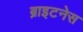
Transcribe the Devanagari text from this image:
ब्राइटनेस